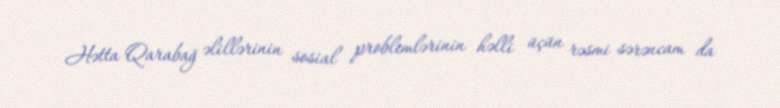
Hətta Qarabağ əlillərinin sosial problemlərinin həlli üçün rəsmi sərəncam da